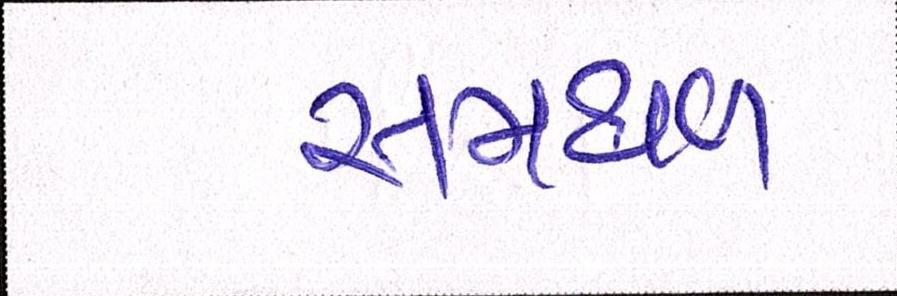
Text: સમથળ